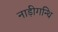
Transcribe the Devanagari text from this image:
नाड़ीगन्थि